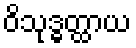
ဝိသုဒ္ဓတ္ထာယ